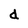
Character: d